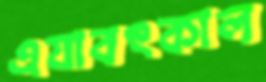
এযাবৎকাল